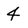
Character: 4